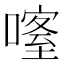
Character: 𠾰